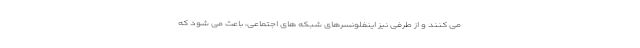
می کنند و از طرفی نیز اینفلونسرهای شبکه های اجتماعی، باعث می شود که